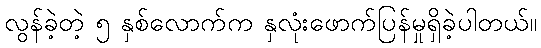
လွန်ခဲ့တဲ့ ၅ နှစ်လောက်က နှလုံးဖောက်ပြန်မှုရှိခဲ့ပါတယ်။